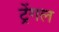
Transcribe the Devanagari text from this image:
ट्रेंगल